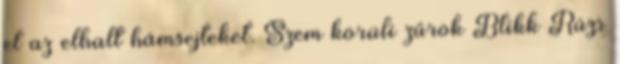
el az elhalt hámsejteket. Szem körüli zűrök Blikk Rúzs